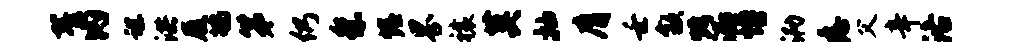
翟内谌洪履鸪第仍祭幄界禳莫抽膺壬歙烤洒幔泐悉父辛洛